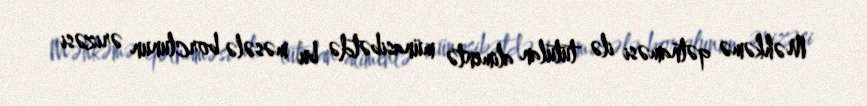
Məhkəmə qətnaməsi ilə tutulan alimentə münasibətdə bu məsələ borclunun ərizəsi